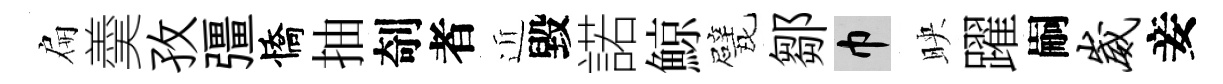
扁羮孜彊憍抽剞者近毀諾鯨戏鄒巾映躍嗣崴妾